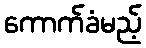
ကောက်ခံမည့်